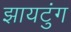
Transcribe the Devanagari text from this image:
झायटुंग